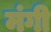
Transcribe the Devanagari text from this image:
मंगी